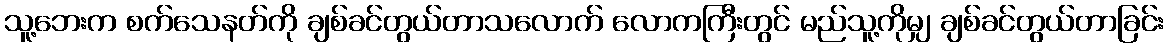
သူ့ဘေးက စက်သေနတ်ကို ချစ်ခင်တွယ်တာသလောက် လောကကြီးတွင် မည်သူ့ကိုမျှ ချစ်ခင်တွယ်တာခြင်း